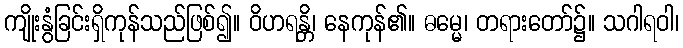
ကျိုးနွံခြင်းရှိကုန်သည်ဖြစ်၍။ ဝိဟရန္တိ၊ နေကုန်၏။ ဓမ္မေ၊ တရားတော်၌။ သဂါရဝါ၊